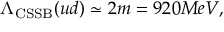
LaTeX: \Lambda _ { \mathrm { C S S B } } ( u d ) \simeq 2 m = 9 2 0 M e V ,